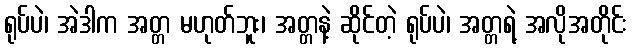
ရုပ်ပဲ၊ အဲဒါက အတ္တ မဟုတ်ဘူး၊ အတ္တနဲ့ ဆိုင်တဲ့ ရုပ်ပဲ၊ အတ္တရဲ့ အလိုအတိုင်း